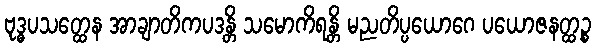
ဗုဒ္ဓပသတ္ထေန အာချာတိကပဒန္တိ သမောကိရန္တိ မညတိပ္ပယောဂေ ပယောဇနတ္ထဉ္စ